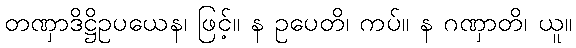
တဏှာဒိဋ္ဌိဥပယေန၊ ဖြင့်။ န ဥပေတိ၊ ကပ်။ န ဂဏှာတိ၊ ယူ။